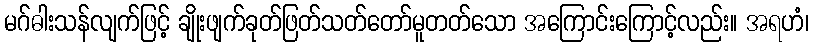
မဂ်ဓါးသန်လျက်ဖြင့် ချိုးဖျက်ခုတ်ဖြတ်သတ်တော်မူတတ်သော အကြောင်းကြောင့်လည်း။ အရဟံ၊